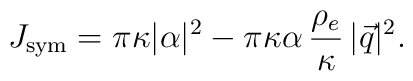
J_{{\rm sym}} = \pi \kappa |\alpha|^2 -\pi  \kappa\alpha\, \frac{\rho_e}{\kappa} \,|\vec{q}|^2 .